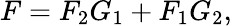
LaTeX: F=F_{2}G_{1}+F_{1}G_{2},